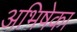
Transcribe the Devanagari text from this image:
अभिषेका